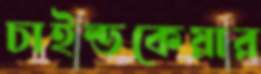
চাইল্ডকেয়ার